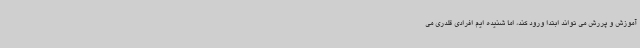
آموزش و پررش می تواند ابتدا ورود کند، اما شنیده ایم افرادی قلدری می